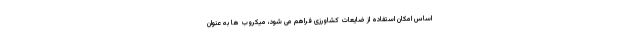
اساس امکان استفاده از ضایعات کشاورزی فراهم می شود، میکروب ها به عنوان